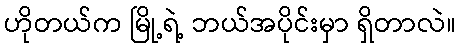
ဟိုတယ်က မြို့ရဲ့ ဘယ်အပိုင်းမှာ ရှိတာလဲ။